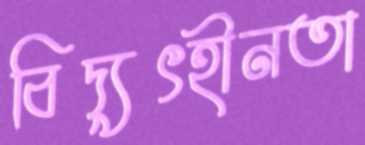
বিদ্যুৎহীনতা